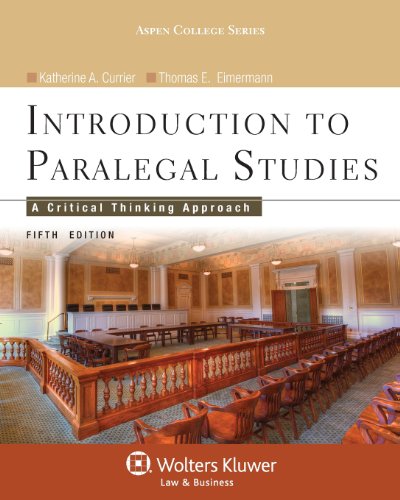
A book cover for Introduction to Paralegal Studies: A Critical Thinking Approach, Fifth Edition (Aspen College); Katherine A. Currier; Law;